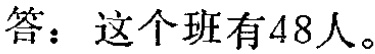
答：这个班有48人。